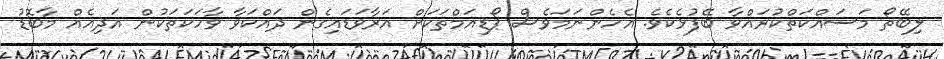
ލިބޭތޯ މަސައްކަތްކުރައްވާ ބޭފުޅެކެވެ. އެހެންނަމަވެސް ޕޯޑިއަމްތަކަށް އަރާވަޑައިގެން ދައްކަވާ ވާހަކަތަކުން އަދިއެއް މާބޮޑު